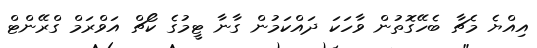
އިއްޔެ މެޗާ ބެހޭގޮތުން ވާހަކަ ދައްކަމުން ގާނާ ޓީމުގެ ކޯޗް އަވްރަމް ގްރޭންޓް